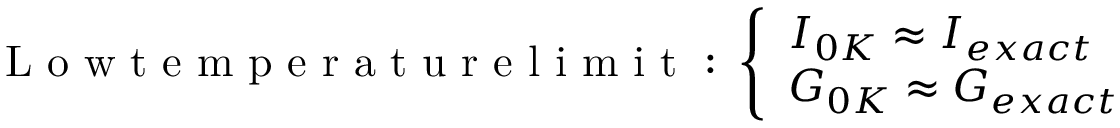
\mathrm { ~ L ~ o ~ w ~ t ~ e ~ m ~ p ~ e ~ r ~ a ~ t ~ u ~ r ~ e ~ l ~ i ~ m ~ i ~ t ~ : ~ } \left\{ \begin{array} { l l } { I _ { 0 K } \approx I _ { e x a c t } } \\ { G _ { 0 K } \approx G _ { e x a c t } } \end{array} \right.